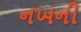
નખની